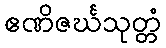
ဧဏိဇင်္ဃသုတ္တံ